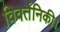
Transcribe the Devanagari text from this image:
विवर्तनिकी।